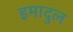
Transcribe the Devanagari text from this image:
इमादुल